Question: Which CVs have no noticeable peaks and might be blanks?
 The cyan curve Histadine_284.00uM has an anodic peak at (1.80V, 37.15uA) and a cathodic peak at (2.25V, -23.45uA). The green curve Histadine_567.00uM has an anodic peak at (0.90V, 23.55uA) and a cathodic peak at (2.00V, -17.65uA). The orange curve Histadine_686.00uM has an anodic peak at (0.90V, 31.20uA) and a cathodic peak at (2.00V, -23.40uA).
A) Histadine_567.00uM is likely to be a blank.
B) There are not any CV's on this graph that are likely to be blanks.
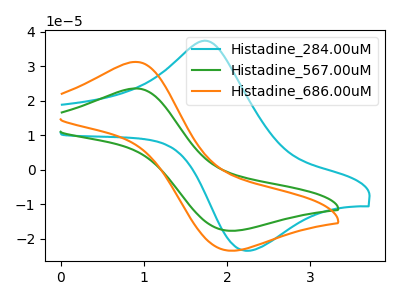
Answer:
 <answer>B) There are not any CV's on this graph that are likely to be blanks.</answer>
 <eval>B</eval>